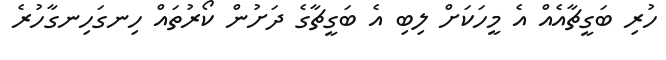
ހުރި ބަގީޗާއެއް އެ މީހަކަށް ލިބި އެ ބަގީޗާގެ ދަށުން ކޯރުތައް ހިނގަހިނގާހުރެ